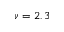
\nu = 2 , 3